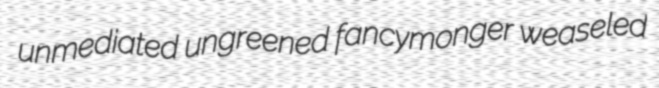
unmediated ungreened fancymonger weaseled